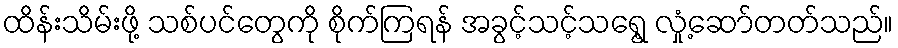
ထိန်းသိမ်းဖို့ သစ်ပင်တွေကို စိုက်ကြရန် အခွင့်သင့်သရွေ့ လှုံ့ဆော်တတ်သည်။